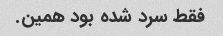
فقط سرد شده بود همین.